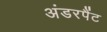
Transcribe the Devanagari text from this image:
अंडरपैंट